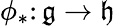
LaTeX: \phi_{*}\colon{\mathfrak{g}}\to{\mathfrak{h}}